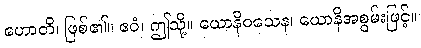
ဟောတိ၊ ဖြစ်၏။ ဧဝံ၊ ဤသို့။ ယောနိဝသေန၊ ယောနိအစွမ်းဖြင့်။